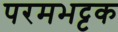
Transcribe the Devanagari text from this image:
परमभट्टक